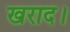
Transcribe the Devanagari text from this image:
खराद।